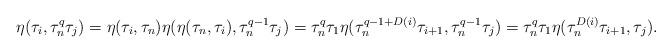
LaTeX: \begin{align*}\eta(\tau_i,\tau_n^q\tau_j)&=\eta(\tau_i,\tau_n)\eta(\eta(\tau_n,\tau_i),\tau_n^{q-1}\tau_j) = \tau_n^q\tau_1 \eta(\tau_n^{q-1+D(i)}\tau_{i+1}, \tau_n^{q-1}\tau_j)=\tau_n^q\tau_1 \eta(\tau_n^{D(i)}\tau_{i+1},\tau_j).\end{align*}